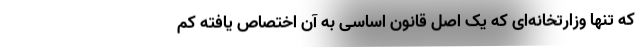
که تنها وزارتخانه‌ای که یک اصل قانون اساسی به آن اختصاص یافته کم